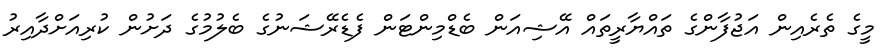
މީގެ ތެރެއިން އަޖުފާންގެ ތައްޔާރީތައް އޭޝިއަން ބެޑްމިންޓަން ފެޑެރޭޝަނުގެ ބެލުމުގެ ދަށުން ކުރިއަށްދާއިރު